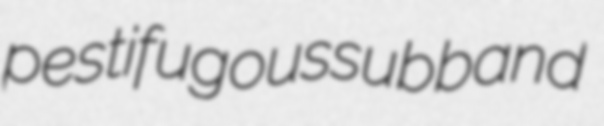
pestifugous subband